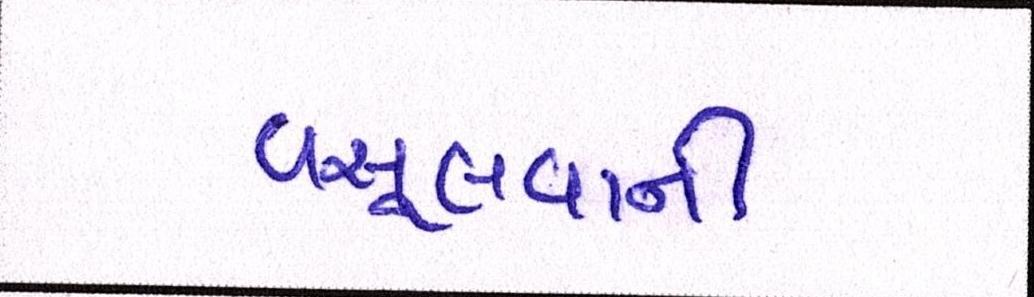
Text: વસૂલવાની